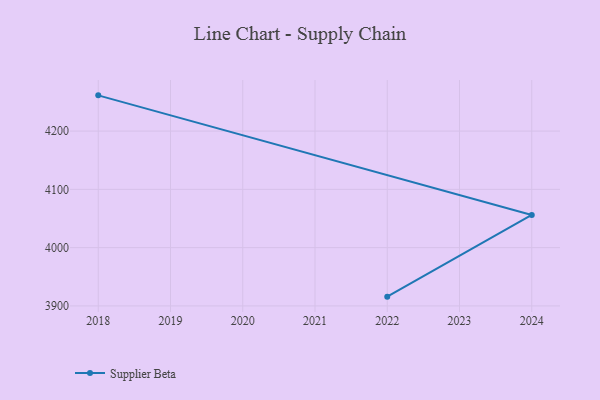
{"axis": {"x": "Year", "y": "Customer Acquisition Cost (USD)"}, "legend": ["Supplier Beta"], "data": [{"x": "2018", "y": 4261.3, "type": "Supplier Beta"}, {"x": "2024", "y": 4056.1, "type": "Supplier Beta"}, {"x": "2022", "y": 3915.9, "type": "Supplier Beta"}]}